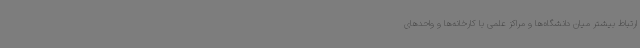
ارتباط‌ بیشتر میان دانشگاه‌ها و مراکز علمی با کارخانه‌ها و واحدهای